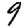
Digit: 9